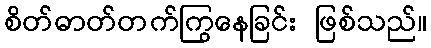
စိတ်ဓာတ်တက်ကြွနေခြင်း ဖြစ်သည်။